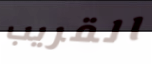
القريب